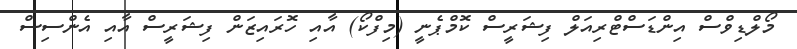
މޯލްޑިވްސް އިންޑަސްޓްރިއަލް ފިޝަރީސް ކޮމްޕެނީ (މިފްކޯ) އާއި ހޮރައިޒަން ފިޝަރީސް އާއި އެންސިސް